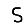
Digit: 5